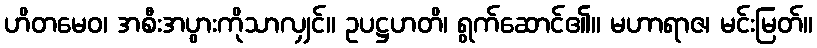
ဟိတမေဝ၊ အစီးအပွားကိုသာလျှင်။ ဥပဋ္ဌဟတိ၊ ရွက်ဆောင်၏။ မဟာရာဇ၊ မင်းမြတ်။